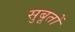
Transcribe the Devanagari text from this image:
सुबूतों